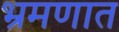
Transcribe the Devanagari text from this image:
भ्रमणात